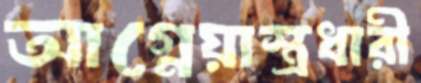
আগ্নেয়াস্ত্রধারী